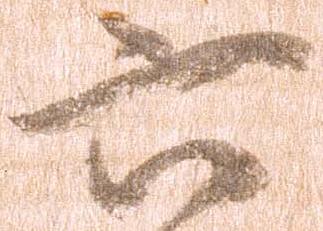
六